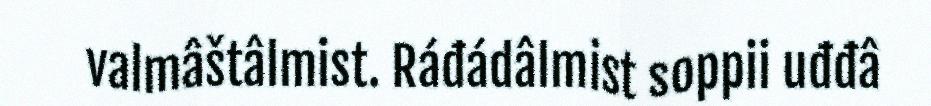
valmâštâlmist. Ráđádâlmist soppii uđđâ